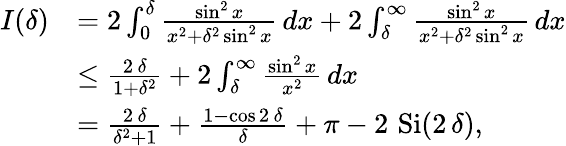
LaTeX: \begin{array}{rl}{I(\delta)}&{=2\int_{0}^{\delta}\frac{\sin^{2}x}{x^{2}+\delta^{2}\sin^{2}x}\, dx+2\int_{\delta}^{\infty}\frac{\sin^{2}x}{x^{2}+\delta^{2}\sin^{2}x}\, dx}\\ &{\le\frac{2\, \delta}{1+\delta^{2}}+2\int_{\delta}^{\infty}\frac{\sin^{2}x}{x^{2}}\, dx}\\ &{=\frac{2\, \delta}{\delta^{2}+1}+\frac{1-\cos 2\, \delta}{\delta}+{\pi-2\, \operatorname{Si}(2\, \delta)},}\end{array}